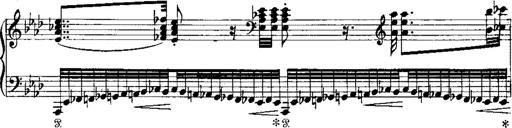
Title: Miserere du Trovatore
Composer: Franz Liszt